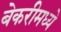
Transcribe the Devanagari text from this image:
बेकरीमध्ये